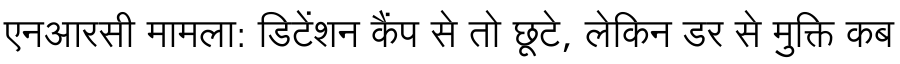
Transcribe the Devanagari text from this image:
एनआरसी मामला: डिटेंशन कैंप से तो छूटे, लेकिन डर से मुक्ति कब